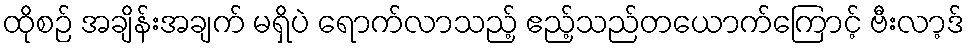
ထိုစဉ် အချိန်းအချက် မရှိပဲ ရောက်လာသည့် ဧည့်သည်တယောက်ကြောင့် ဗီးလာ့ဒ်